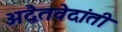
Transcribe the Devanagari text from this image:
अद्वैतवेदांती